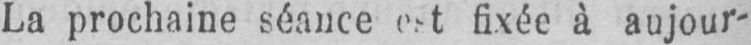
fixée à aujour-